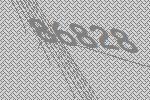
86828